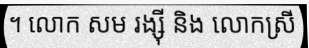
។ លោក សម រង្ស៊ី និង លោកស្រី